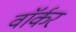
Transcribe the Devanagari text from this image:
वाॅर्कर